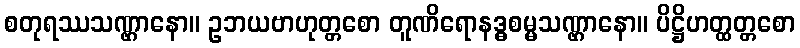
စတုရဿသဏ္ဌာနော။ ဥဘယဗာဟုတ္တစော တူဏိရောနဒ္ဓစမ္မသဏ္ဌာနော။ ပိဋ္ဌိဟတ္ထတ္တစော